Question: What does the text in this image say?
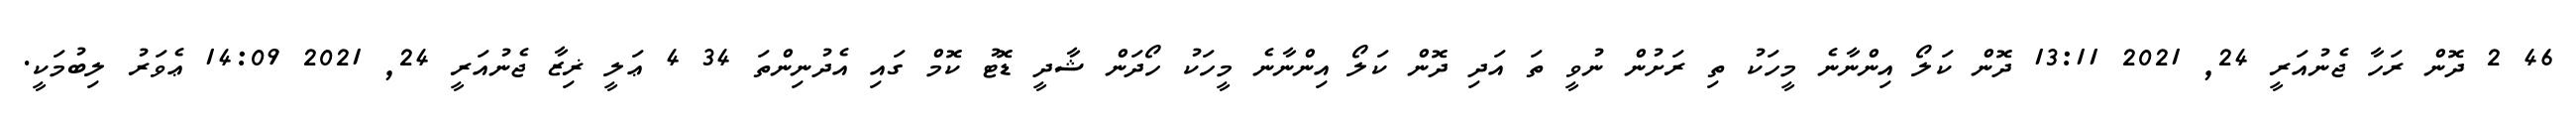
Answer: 46 2 ދޮން ރަހާ ޖެނުއަރީ 24, 2021 13:11 ދޮން ކަލޯ އިންނާނެ މީހަކު ތި ރަށުން ނުވީ ތަ އަދި ދޮން ކަލޯ އިންނާނެ މީހަކު ހޯދަން ޝާދީ ޑޮޓު ކޮމް ގައި އެދުނިންތަ 34 4 ޢަލީ ޜިޒާ ޖެނުއަރީ 24, 2021 14:09 ޢެވަރު ލިބުމަކީ.